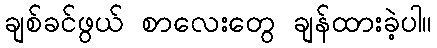
ချစ်ခင်ဖွယ် စာလေးတွေ ချန်ထားခဲ့ပါ။